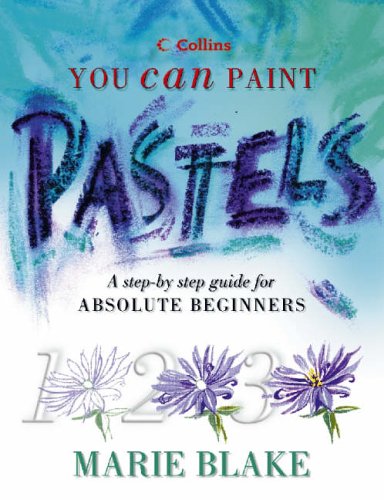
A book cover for Pastels: A Step-by-step Guide for Absolute Beginners (Collins You Can Paint); Marie Blake; Arts & Photography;